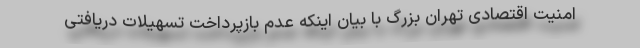
امنیت اقتصادی تهران بزرگ با بیان اینکه عدم بازپرداخت تسهیلات دریافتی